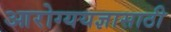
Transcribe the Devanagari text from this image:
आरोग्ययज्ञासाठी